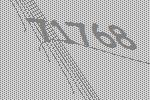
71768